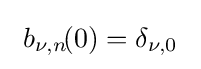
\ b_{\nu ,n}\!(0)=\delta _{\nu ,0}\